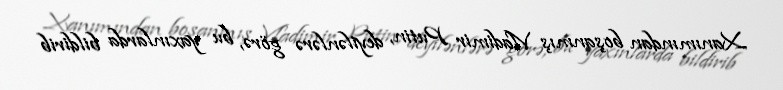
Xanımından boşanmış Vladimir Putin, deyilənlərə görə, bu yaxınlarda bildirib